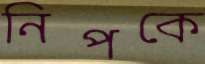
নিপকে